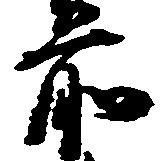
前